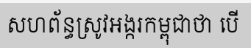
សហព័ន្ធស្រូវអង្ករកម្ពុជាថា បើ